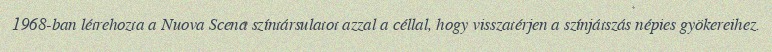
1968-ban létrehozta a Nuova Scena színtársulatot azzal a céllal, hogy visszatérjen a színjátszás népies gyökereihez.